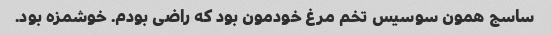
ساسج همون سوسیس تخم مرغ خودمون بود که راضی بودم. خوشمزه بود.